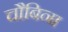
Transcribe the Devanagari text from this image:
चौबिना